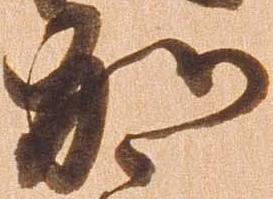
加